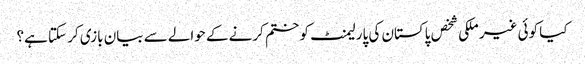
کیا کوئی غیر ملکی شخص پاکستان کی پارلیمنٹ کو ختم کرنے کے حوالے سے بیان بازی کر سکتا ہے؟